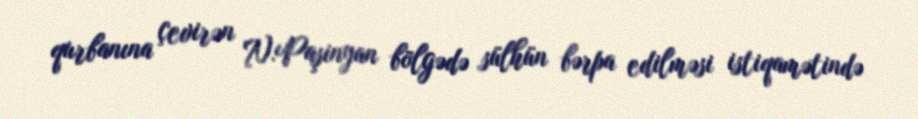
qurbanına çevirən N.Paşinyan bölgədə sülhün bərpa edilməsi istiqamətində